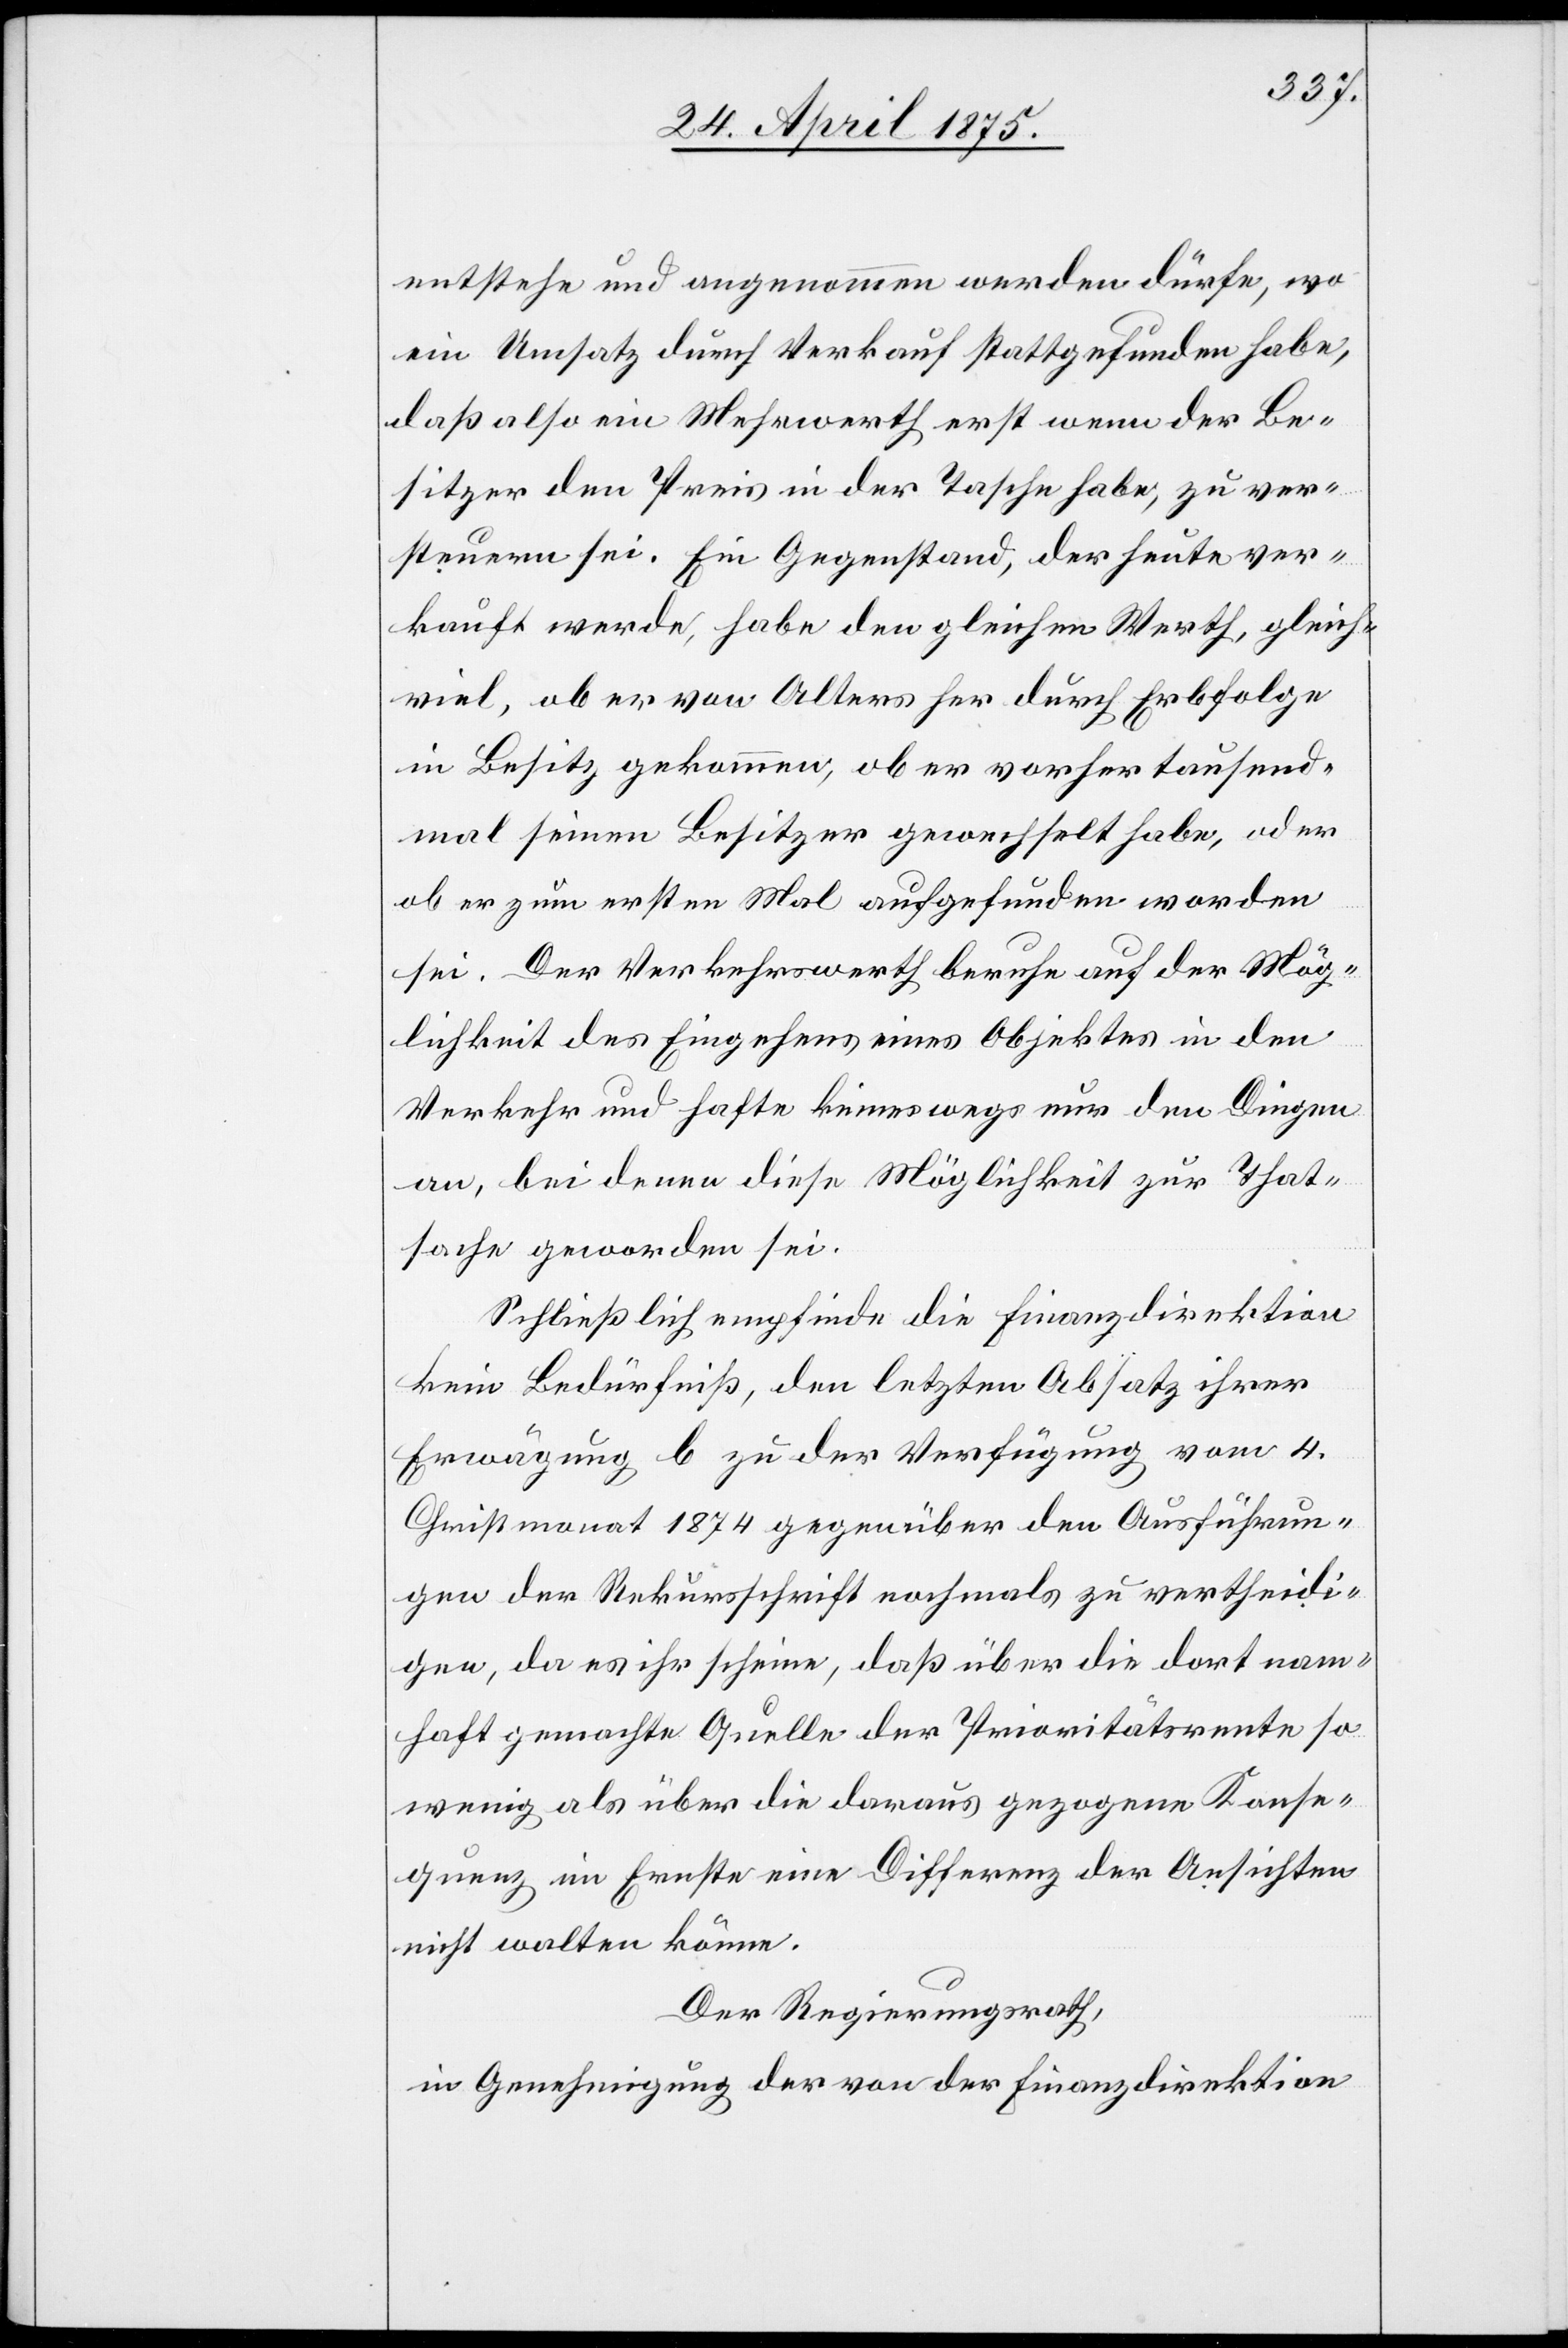
entstehe und angenommen werden dürfe, wo
ein Umsatz durch Verkauf stattgefunden habe,
daß also ein Mehrwerth erst wenn der Be¬
sitzer den Preis in der Tasche habe, zu ver¬
steuern sei. Ein Gegenstand, der heute ver¬
kauft werde, habe den gleichen Werth, gleich
viel, aber von Alters her durch Erbfolge
in Besitz gekommen, aber vorher tausend¬
mal seinen Besitzer gewechselt habe, oder
ob er zum ersten Mal aufgefunden worden
sei. Der Verkehrswerth beruhe auf der Mög¬
lichkeit des Eingehens eines Objektes in den
Verkehr und hafte keineswegs nur den Dingen
an, bei denen diese Möglichkeit zur That¬
sache geworden sei.
Schließlich empfinde die Finanzdirektion
kein Bedürfniß, den letzten Absatz ihrer
Erwägung b zu der Verfügung vom 4.
Christmonat 1874 gegenüber den Ausführun¬
gen der Rekursschrift nochmals zu vertheidi¬
gen, da es ihr scheine, daß über die dort nam¬
haft gemachte Quelle der Prioritätsrente so
wenig als über die daraus gezogenen Konse¬
quenz im Ernste eine Differenz der Ansichten
nicht walten könne.
Der Regierungsrath,
in Genehmigung der von der Finanzdirektion